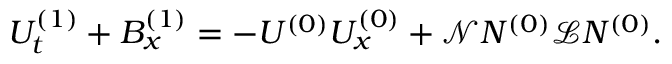
U _ { t } ^ { ( 1 ) } + B _ { x } ^ { ( 1 ) } = - U ^ { ( 0 ) } U _ { x } ^ { ( 0 ) } + \mathscr { N } N ^ { ( 0 ) } \mathscr { L } N ^ { ( 0 ) } .